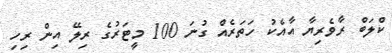
ކްލަބް ރާވެރިޔާ އާއެކު ހަތަރެއް ގުނަ 100 މީޓަރުގެ ރިލޭ އިން ރިހި